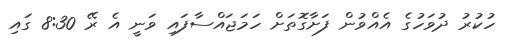
ހުކުރު ދުވަހުގެ އެއްވުން ފަށާގޮތަށް ހަމަޖައްސާފައި ވަނީ އެ ރޭ 8:30 ގައި